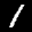
Label: 1